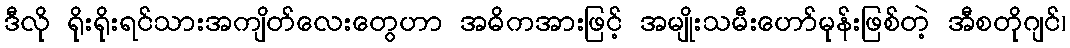
ဒီလို ရိုးရိုးရင်သားအကျိတ်လေးတွေဟာ အဓိကအားဖြင့် အမျိုးသမီးဟော်မုန်းဖြစ်တဲ့ အီစတိုဂျင်၊